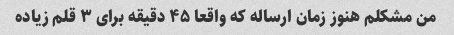
من مشکلم هنوز زمان ارساله که واقعا ۴۵ دقیقه برای ۳ قلم زیاده